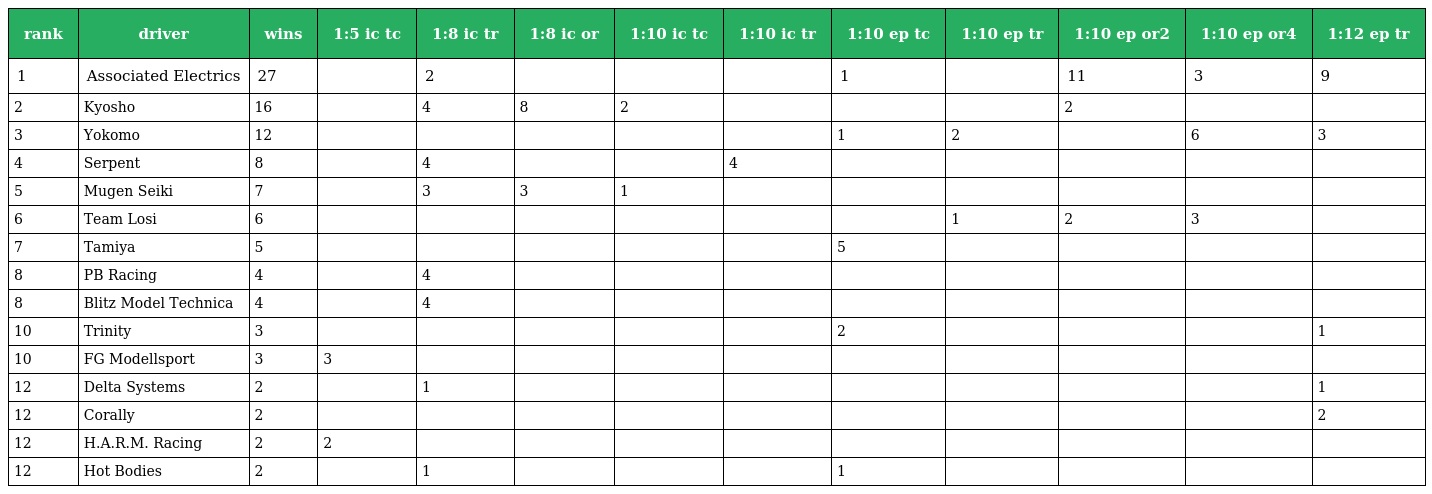
| rank | driver | wins | 1:5 ic tc | 1:8 ic tr | 1:8 ic or | 1:10 ic tc | 1:10 ic tr | 1:10 ep tc | 1:10 ep tr | 1:10 ep or2 | 1:10 ep or4 | 1:12 ep tr |
 | --- | --- | --- | --- | --- | --- | --- | --- | --- | --- | --- | --- | --- |
 | 1 | Associated Electrics | 27 |  | 2 |  |  |  | 1 |  | 11 | 3 | 9 |
 | 2 | Kyosho | 16 |  | 4 | 8 | 2 |  |  |  | 2 |  |  |
 | 3 | Yokomo | 12 |  |  |  |  |  | 1 | 2 |  | 6 | 3 |
 | 4 | Serpent | 8 |  | 4 |  |  | 4 |  |  |  |  |  |
 | 5 | Mugen Seiki | 7 |  | 3 | 3 | 1 |  |  |  |  |  |  |
 | 6 | Team Losi | 6 |  |  |  |  |  |  | 1 | 2 | 3 |  |
 | 7 | Tamiya | 5 |  |  |  |  |  | 5 |  |  |  |  |
 | 8 | PB Racing | 4 |  | 4 |  |  |  |  |  |  |  |  |
 | 8 | Blitz Model Technica | 4 |  | 4 |  |  |  |  |  |  |  |  |
 | 10 | Trinity | 3 |  |  |  |  |  | 2 |  |  |  | 1 |
 | 10 | FG Modellsport | 3 | 3 |  |  |  |  |  |  |  |  |  |
 | 12 | Delta Systems | 2 |  | 1 |  |  |  |  |  |  |  | 1 |
 | 12 | Corally | 2 |  |  |  |  |  |  |  |  |  | 2 |
 | 12 | H.A.R.M. Racing | 2 | 2 |  |  |  |  |  |  |  |  |  |
 | 12 | Hot Bodies | 2 |  | 1 |  |  |  | 1 |  |  |  |  |